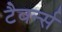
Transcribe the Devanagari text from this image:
टैवर्न्स